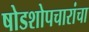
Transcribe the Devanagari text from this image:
षोडशोपचारांचा